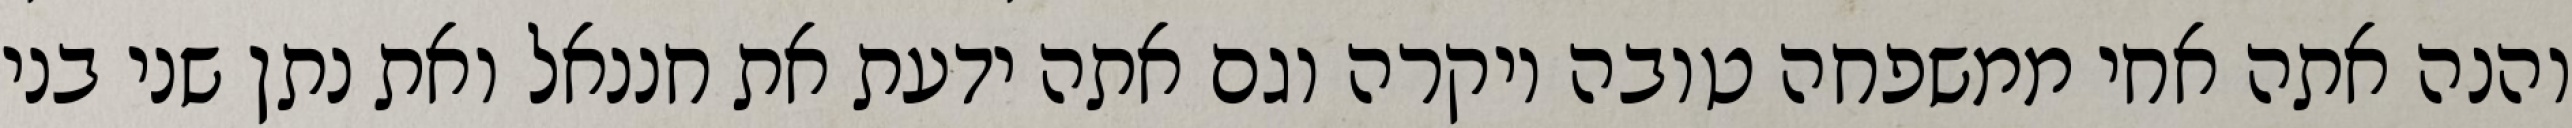
והנה אתה אחי ממשפחה טובה ויקרה וגם אתה ידעת את חננאל ואת נתן שני בני